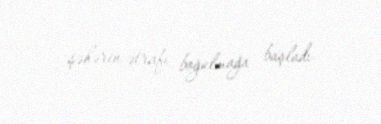
şəhərin ətrafı boğulmağa başladı.